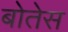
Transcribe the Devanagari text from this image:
बोतेस